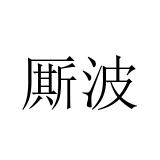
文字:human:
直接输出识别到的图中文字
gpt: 厮波